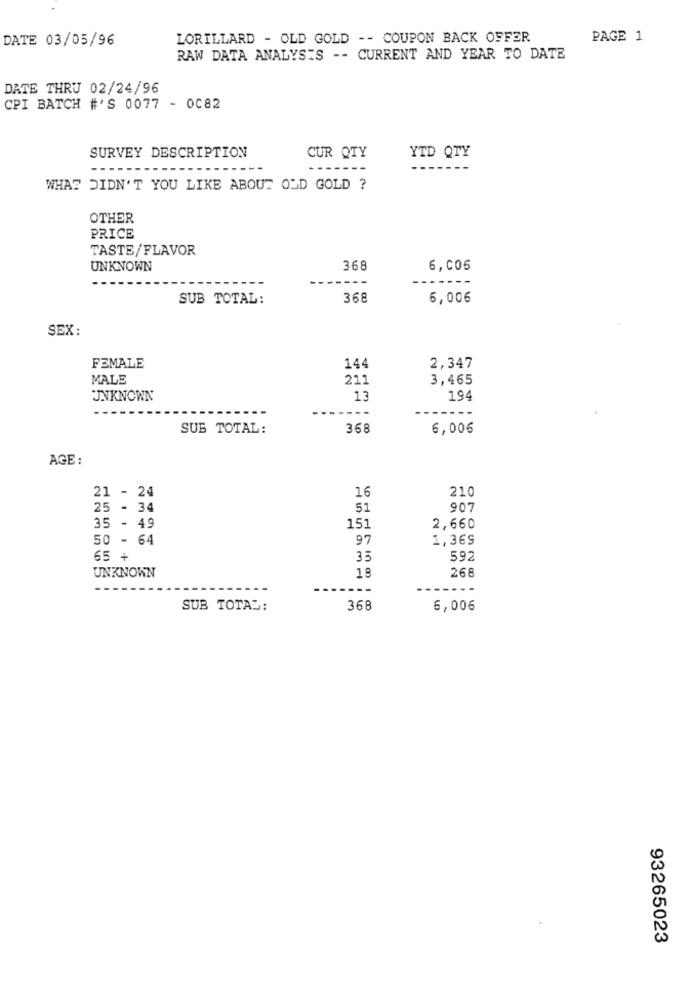
DATE 03/05/96
LORILLARD - OLD GOLD -- COUPON BACK OFFER
PAGE 1
RAW DATA ANALYSIS -- CURRENT AND YEAR TO DATE
DATE THRU 02/24/96
CPI BATCH #'S 0077 - 0C82
SURVEY DESCRIPTION
CUR QTY
YTD QTY
-------
WHAT DIDN'T YOU LIKE ABOUT OLD GOLD ?
OTHER
PRICE
TASTE/FLAVOR
UNKNOWN
368
6,005
-----
SUB TOTAL:
368
6,006
SEX:
FEMALE
144
2,347
MALE
211
3,465
UNKNOWN
13
194
----
---
SUB TOTAL:
368
6,006
AGE:
21 - 24
16
210
25 - 34
51
907
35 - 49
151
2,660
50 - 64
97
1,369
65 +
33
592
18
268
UNKNOWN
------
---
....
SUB TOTAL:
368
6,006
93265023